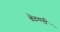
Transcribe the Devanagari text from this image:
बेडग्ली